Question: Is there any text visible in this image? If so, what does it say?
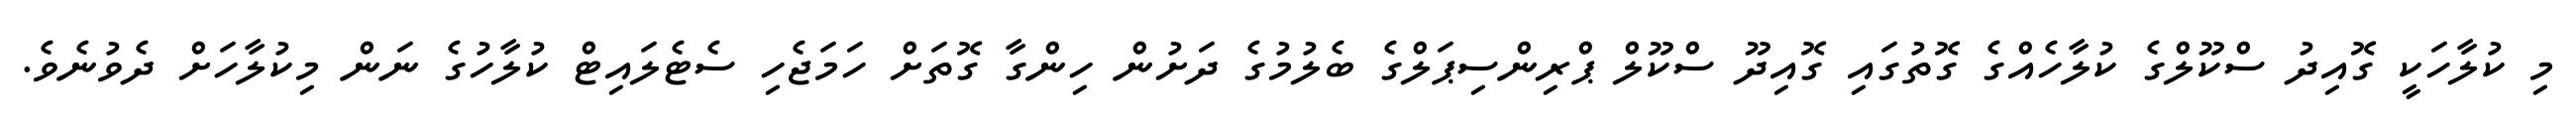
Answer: މި ކުލާހަކީ ގޮއިދު ސްކޫލްގެ ކުލާހެއްގެ ގޮތުގައި ގޮއިދޫ ސްކޫލް ޕްރިންސިޕަލްގެ ބެލުމުގެ ދަށުން ހިންގާ ގޮތަށް ހަމަޖެހި ސެޓެލައިޓް ކުލާހުގެ ނަން މިކުލާހަށް ދެވުނެވެ.